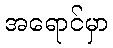
အရောင်မှာ